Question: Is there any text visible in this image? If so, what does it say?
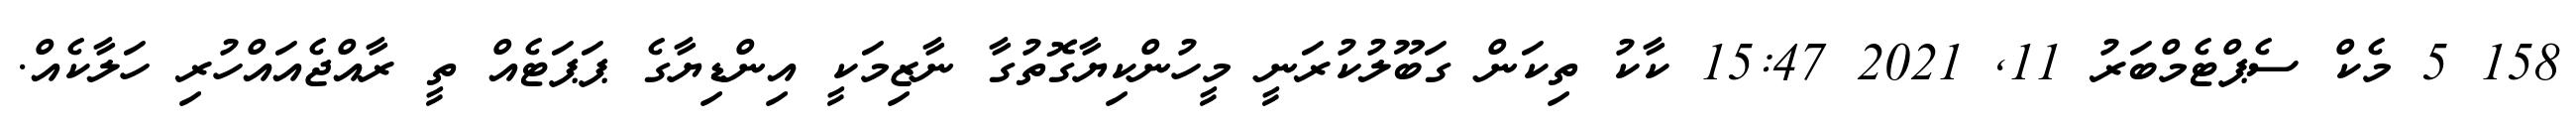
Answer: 158 5 މެކް ސެޕްޓެމްބަރު 11, 2021 15:47 ކާކު ތިކަން ގަބޫލުކުރަނީ މީހުންކިޔާގޮތުގާ ނާޒިމަކީ އިންޑިޔާގެ ޕަޕަޓެއް ތީ ރާއްޖެއައްހުރި ހަލާކެއް.